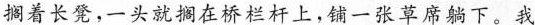
搁着长凳，一头就搁在桥栏杆上，铺一张草席躺下。我